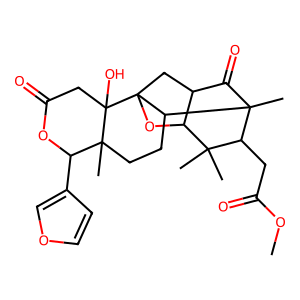
SMILES: COC(=O)CC1C(C)(C)C2OC34CC2C(=O)C1(C)C3CCC1(C)C(c2ccoc2)OC(=O)CC14O
Inhibits HIV replication: No